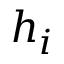
h _ { i }